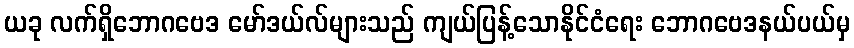
ယခု လက်ရှိဘောဂဗေဒ မော်ဒယ်လ်များသည် ကျယ်ပြန့်သောနိုင်ငံရေး ဘောဂဗေဒနယ်ပယ်မှ